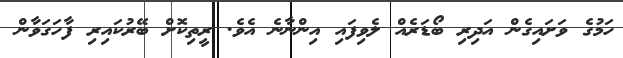
ހަމުގެ ވަށައިގެން އަދިރި ބޯޑަރެއް ލެވިފައި އިންނާނެ އެވެ. ރީތިކޮށް ބޭރުކައިރި ފާހަގަވާން